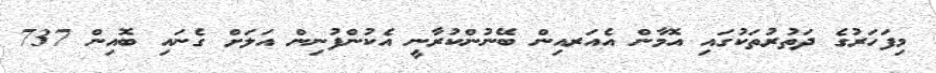
މިފަހަރުގެ ދަތުރުތަކުގައި އޮމާން އެއަރއިން ބޭނުންކުރާނީ އެކުންފުނިން އަލަށް ގެނައި ބޮއިން 737